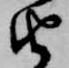
由